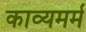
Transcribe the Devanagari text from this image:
काव्यमर्म